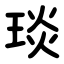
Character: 琰